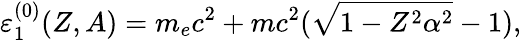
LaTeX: \varepsilon_{1}^{(0)}(Z,A)=m_{e}c^{2}+mc^{2}(\sqrt{1-Z^{2}\alpha^{2}}-1),